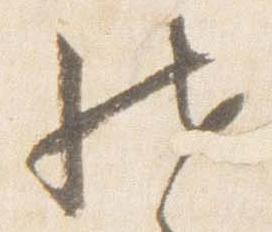
然